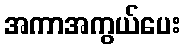
အကာအကွယ်ပေး